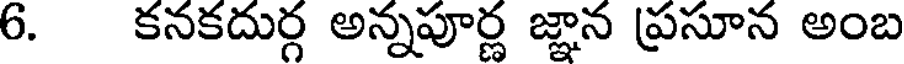
6. కనకదుర్గ అన్నపూర్ణ జ్ఞాన ప్రసూన అంబ